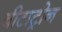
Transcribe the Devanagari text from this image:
बीटाट्रीन